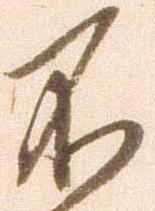
不